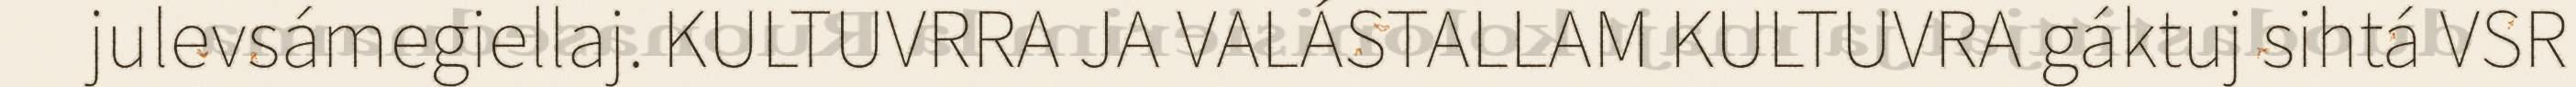
julevsámegiellaj. KULTUVRRA JA VALÁSTALLAM KULTUVRA gáktuj sihtá VSR